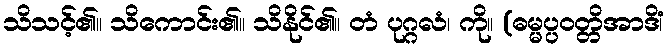
သိသင့်၏။ သိကောင်း၏။ သိနိုင်၏။ တံ ပုဂ္ဂလံ၊ ကို။ (ဓမ္မပ္ပဝတ္တိအာဒိံ၊